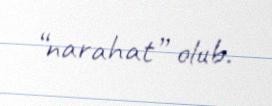
“narahat” olub.